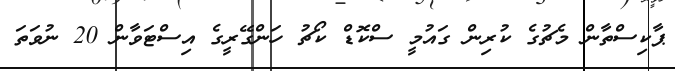
ޕާކިސްތާން މެޗުގެ ކުރިން ގައުމީ ސްކޮޑް ކޯޗު ހަންގޭރީގެ އިސްޓަވާން 20 ނުވަތަ